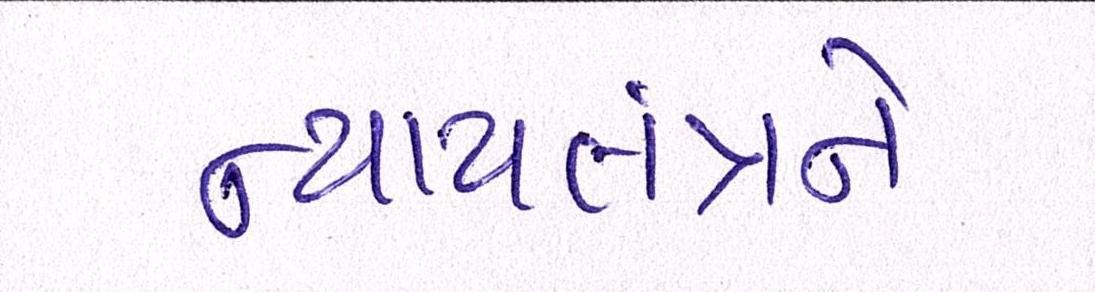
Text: ન્યાયતંત્રને